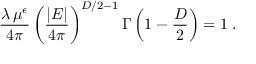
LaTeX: \frac { \lambda \, \mu ^ { \epsilon } } { 4 \pi } \left( \frac { | E | } { 4 \pi } \right) ^ { { D } / 2 - 1 } \Gamma \left( 1 - \frac { D } { 2 } \right) = 1 \; .